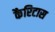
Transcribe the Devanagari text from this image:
कैरिटास